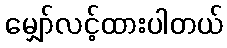
မျှော်လင့်ထားပါတယ်